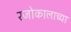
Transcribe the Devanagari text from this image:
रजोकालाच्या